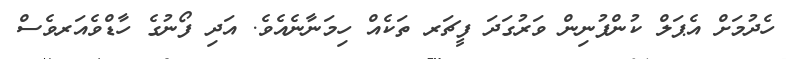
ހެދުމަށް އެޕަލް ކުންފުނިން ވަރުގަދަ ފީޗަރ ތަކެއް ހިމަނާނެއެވެ. އަދި ފޯނުގެ ހާޑްވެއަރވެސް